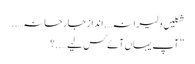
شکلیں دلیرانہ….انداز جارحانہ…..
’’آپ یہاں آئے کس لیے…..؟